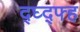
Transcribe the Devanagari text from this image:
द्घ्द्फ्ह